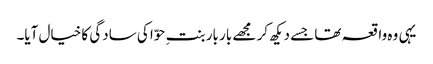
یہی وہ واقعہ تھا جسے دیکھ کر مجھے بار بار بنتِ حوّا کی سادگی کا خیال آیا۔